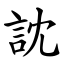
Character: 訦